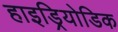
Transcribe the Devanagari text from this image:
हाइड्रियोडिक